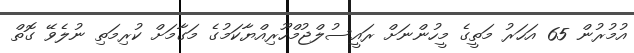
އުމުރުން 65 އަހަރު މަތީގެ މީހުންނަށް ރައީސުލްޖުމްހޫރިއްޔާކަމުގެ މަގާމަށް ކުރިމަތި ނުލެވޭ ގޮތް